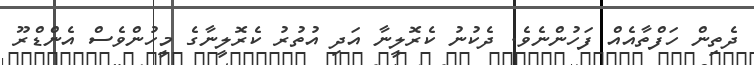
ދެތިން ހަފްތާއެއް ފަހުންނެވެ. ދެކުނު ކެރޮލީނާ އަދި އުތުރު ކެރޮލީނާގެ މީހުންވެސް އެންޑްރޫ